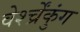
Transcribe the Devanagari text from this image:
वेर्श्च्रेंकुंग